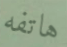
هاتفه